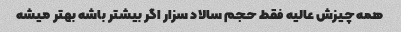
همه چیزش عالیه فقط حجم سالاد سزار اگر بیشتر باشه بهتر میشه